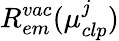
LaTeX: R_{em}^{vac}(\mu_{clp}^{j})